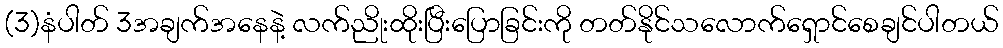
(3)နံပါတ် 3အချက်အနေနဲ့ လက်ညိုးထိုးပြီးပြောခြင်းကို တတ်နိုင်သလောက်ရှောင်စေချင်ပါတယ်